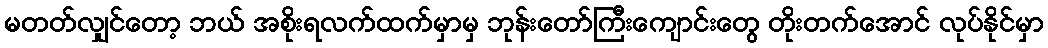
မတတ်လျှင်တော့ ဘယ် အစိုးရလက်ထက်မှာမှ ဘုန်းတော်ကြီးကျောင်းတွေ တိုးတက်အောင် လုပ်နိုင်မှာ